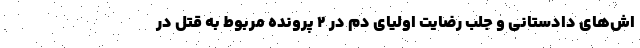
اش‌های دادستانی و جلب رضایت اولیای دم در ۲ پرونده‌ مربوط به قتل در